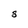
Character: S